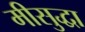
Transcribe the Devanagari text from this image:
मीसुद्धा